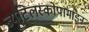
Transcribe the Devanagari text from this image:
ब्यूटिलस्कोपामाइन